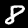
Label: 8